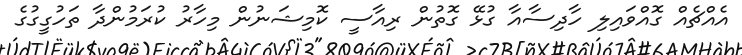
އެއްޗެއް ގޮއްވައިލި ހާދިސާއާ ގުޅޭ ގޮތުން ރިއާސީ ކޮމިޝަނުން މިހާރު ކުރަމުންދާ ތަހުގީގުގެ